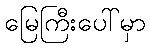
မြေကြီးပေါ်မှာ